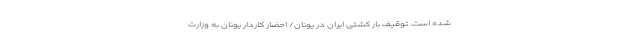
شده است. توقیف بار کشتی ایران در یونان/ احضار کاردار یونان به وزارت